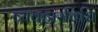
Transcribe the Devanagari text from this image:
व्यवहारविधि